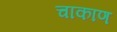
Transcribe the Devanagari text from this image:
चाकाण